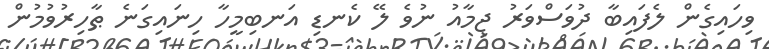
ވިހައިގެން ލެފައިބާ ދުވަސްވަރު ޖިމާއު ނުވެ ލޭ ކެނޑި އަނބިމީހާ ހިނައިގަނެ ޠާހިރުވުމުން